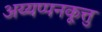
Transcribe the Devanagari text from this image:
अय्यप्पनकूत्तु